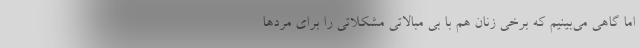
اما گاهی می‌بینیم که برخی زنان هم با بی مبالاتی مشکلاتی را برای مردها